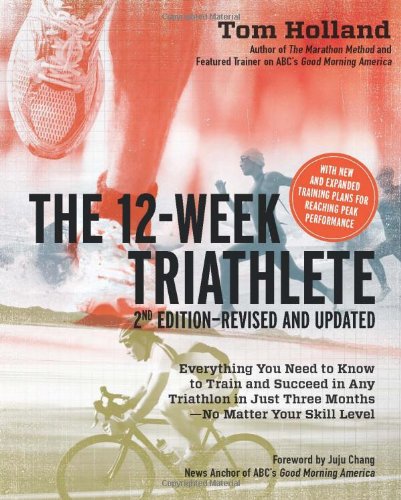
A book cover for The 12 Week Triathlete, 2nd Edition-Revised and Updated: Everything You Need to Know to Train and Succeed in Any Triathlon in Just Three Months - No Matter Your Skill Level; Tom Holland; Health, Fitness & Dieting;